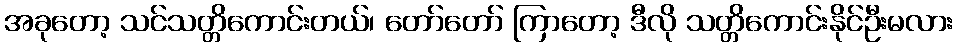
အခုတော့ သင်သတ္တိကောင်းတယ်၊ တော်တော် ကြာတော့ ဒီလို သတ္တိကောင်းနိုင်ဦးမလား